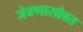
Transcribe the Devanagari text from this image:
जेवणासोबत